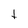
Character: t